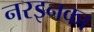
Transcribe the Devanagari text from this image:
नरइनका